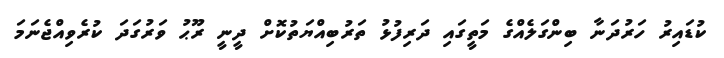
ކުޑައިރު ހަރުދަނާ ބިންގަލެއްގެ މަތީގައި ދަރިފުޅު ތަރުބިއްޔަތުކޮށް ދީނީ ރޫޙު ވަރުގަދަ ކުރެވިއްޖެނަމަ